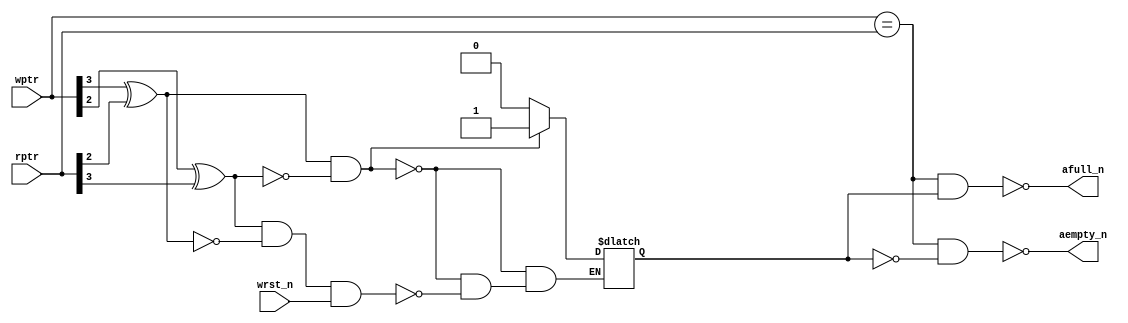
module async_cmp #(parameter ASIZE = 4)
		 (output reg aempty_n,
		  output reg afull_n,
		  input [ASIZE - 1:0] wptr,
		  input [ASIZE - 1:0] rptr,
		  input wrst_n);
	parameter N = ASIZE - 1;
	reg direction;

	// This kind of design is always bad - it is simply not
	// synthesizable.  Declare wires for these "if" conditions so
	// that we are now checking for the output of the wires.
	//
	//	wire dirset_n = ~(wptr[N] ^ rptr[N - 1]) &
	//			  ~(wptr[N - 1] ^ rptr[N]));
	//	wire dirclr_n = ~((rptr[N] ^ wptr[N - 1]) &
	//			  ~(rptr[N - 1] ^ wptr[N]) & wrst_n);
	//
	always @(wptr or rptr) begin
		if ((wptr[N] ^ rptr[N - 1]) &
		    ~(wptr[N - 1] ^ rptr[N]))
			direction = 1'b1; // going towards full
		else if ((rptr[N] ^ wptr[N - 1]) &
			 ~(rptr[N - 1] ^ wptr[N]) & wrst_n)
			direction = 1'b0; // going towards empty
	end

	assign aempty_n = ~((wptr == rptr) && !direction);
	assign afull_n = ~((wptr == rptr) && direction);
endmodule